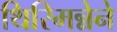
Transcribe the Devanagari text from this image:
थिरिमन्नेने